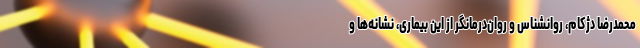
محمدرضا دژکام، روانشناس و روان‌درمانگر از این بیماری، نشانه‌ها و